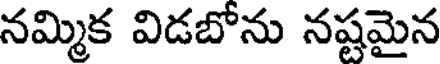
నమ్మిక విడబోను నష్టమైన